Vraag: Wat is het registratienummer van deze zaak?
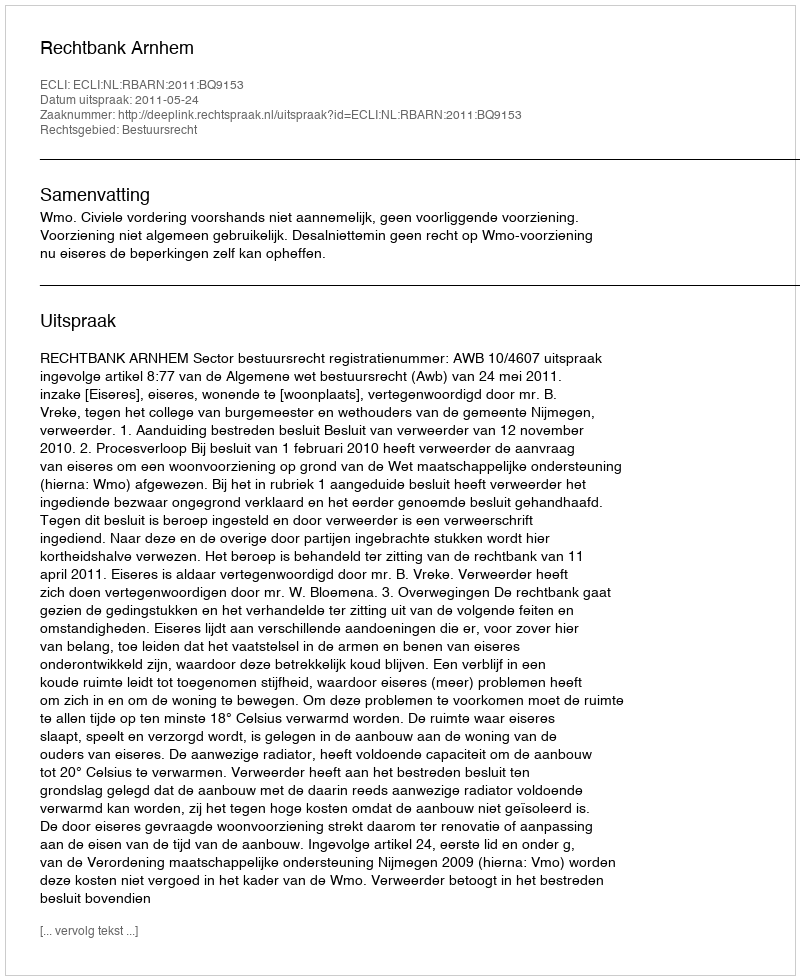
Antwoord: http://deeplink.rechtspraak.nl/uitspraak?id=ECLI:NL:RBARN:2011:BQ9153